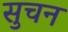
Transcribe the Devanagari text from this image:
सुचन